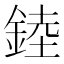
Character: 錴